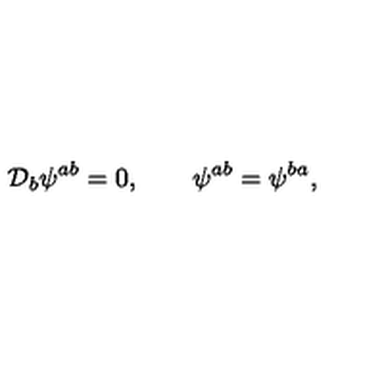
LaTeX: { \cal D } _ { b } \psi ^ { a b } = 0 , \quad \quad \psi ^ { a b } = \psi ^ { b a } ,